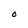
Character: O